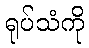
ရုပ်သံကို